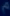
^A